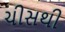
ચીસથી